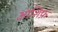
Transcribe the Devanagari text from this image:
आशिफ़